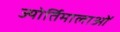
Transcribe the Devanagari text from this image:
ज्योर्तिमालाओं